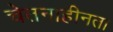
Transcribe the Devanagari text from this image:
चेतनाहीनता